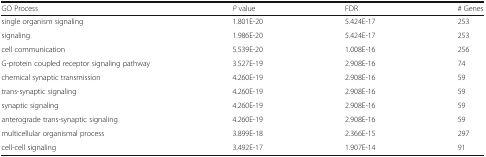
| GO Process | P value | FDR | # Genes |
 | --- | --- | --- | --- |
 | single organism signaling | 1.801E-20 | 5.424E-17 | 253 |
 | signaling | 1.986E-20 | 5.424E-17 | 253 |
 | cell communication | 5.539E-20 | 1.008E-16 | 256 |
 | G-protein coupled receptor signaling pathway | 3.527E-19 | 2.908E-16 | 74 |
 | chemical synaptic transmission | 4.260E-19 | 2.908E-16 | 59 |
 | trans-synaptic signaling | 4.260E-19 | 2.908E-16 | 59 |
 | synaptic signaling | 4.260E-19 | 2.908E-16 | 59 |
 | anterograde trans-synaptic signaling | 4.260E-19 | 2.908E-16 | 59 |
 | multicellular organismal process | 3.899E-18 | 2.366E-15 | 297 |
 | cell-cell signaling | 3.492E-17 | 1.907E-14 | 91 |